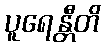
ပူရေန္တီတိ